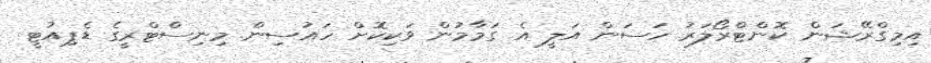
އިމިގްރޭޝަން ކޮންޓްރޯލަރު ހަސަން އަލީ އެ ގަމާމުން ވަކިކޮށް ހައުސިން މިނިސްޓްރީގެ ޑެޕިއުޓީ